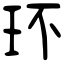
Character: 环